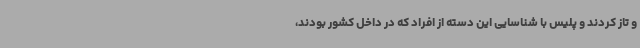
و تاز کردند و پلیس با شناسایی این دسته از افراد که در داخل کشور بودند،